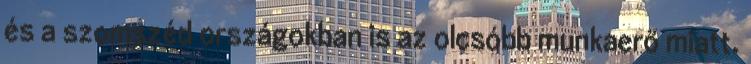
és a szomszéd országokban is az olcsóbb munkaerő miatt.